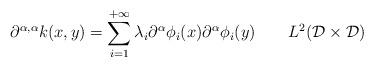
LaTeX: \begin{align*}\partial^{\alpha,\alpha}k(x,y) = \sum_{i=1}^{+\infty}\lambda_i\partial^{\alpha}\phi_i(x)\partial^{\alpha}\phi_i(y) \ \ \ \ \ \ L^2(\mathcal{D}\times\mathcal{D})\end{align*}